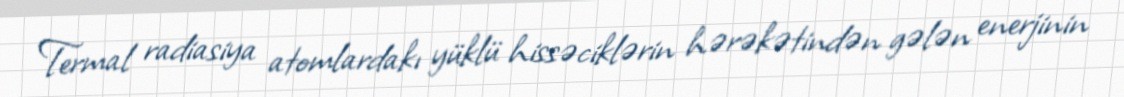
Termal radiasiya atomlardakı yüklü hissəciklərin hərəkətindən gələn enerjinin